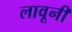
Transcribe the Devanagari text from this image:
लावूनी